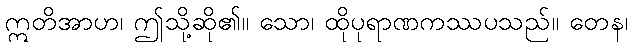
ဣတိအာဟ၊ ဤသို့ဆို၏။ သော၊ ထိုပုရာဏကဿပသည်။ တေန၊